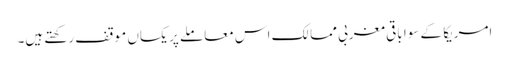
امریکا کے سوا باقی مغربی ممالک اس معاملے پر یکساں موقف رکھتے ہیں۔